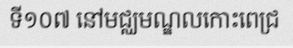
ទី១០៧ នៅមជ្ឈមណ្ឌលកោះពេជ្រ